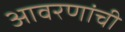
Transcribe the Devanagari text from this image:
आवरणांची